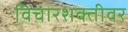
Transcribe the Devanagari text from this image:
विचारशक्तीवर